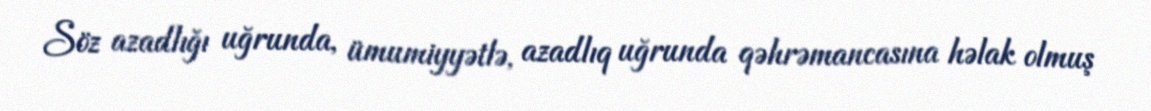
Söz azadlığı uğrunda, ümumiyyətlə, azadlıq uğrunda qəhrəmancasına həlak olmuş